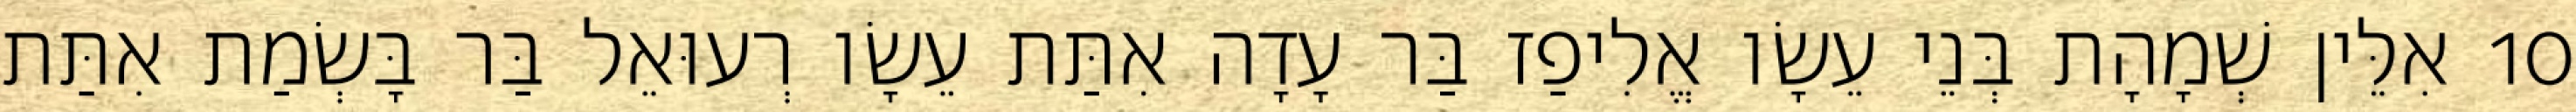
10 אִלֵּין שְׁמָהָת בְּנֵי עֵשָׂו אֱלִיפַז בַּר עָדָה אִתַּת עֵשָׂו רְעוּאֵל בַּר בָּשְׂמַת אִתַּת